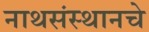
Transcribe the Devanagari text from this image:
नाथसंस्थानचे